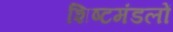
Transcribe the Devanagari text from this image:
शिष्टमंडलों